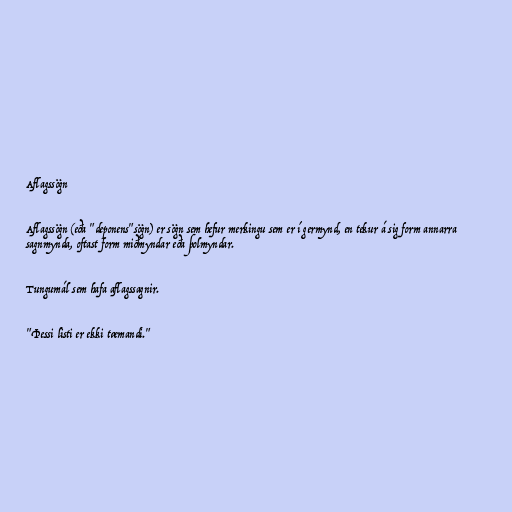
Aflagssögn

Aflagssögn (eða "deponens"sögn) er sögn sem hefur merkingu sem er í germynd, en tekur á sig form annarra
sagnmynda, oftast form miðmyndar eða þolmyndar.

Tungumál sem hafa aflagssagnir.

"Þessi listi er ekki tæmandi."